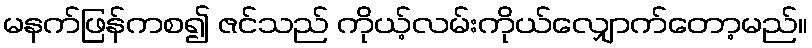
မနက်ဖြန်ကစ၍ ဇင်သည် ကိုယ့်လမ်းကိုယ်လျှောက်တော့မည်။